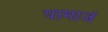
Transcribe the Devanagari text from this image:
पामाजं